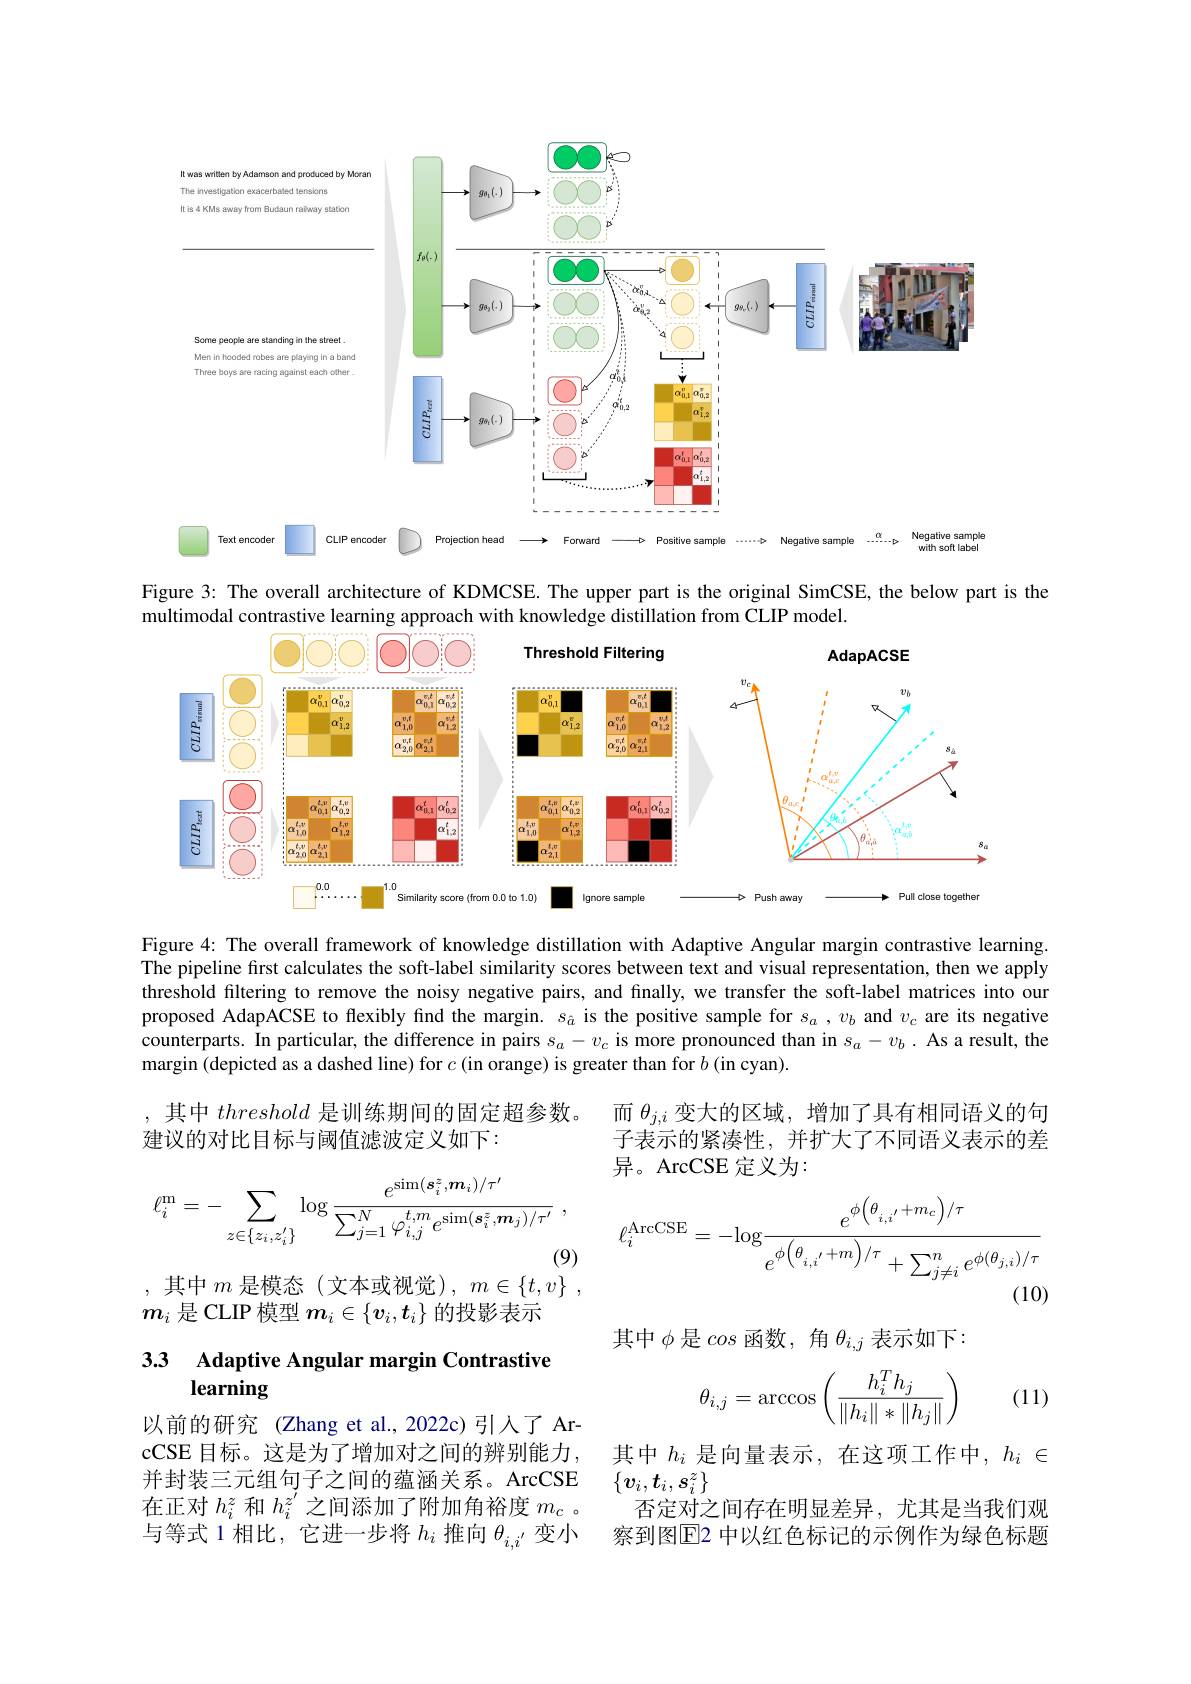
<FigureHere>

Figure 3: The overall architecture of KDMCSE. The upper part is the original SimCSE, the below part is the
multimodal contrastive learning approach with knowledge distillation from CLIP model

<FigureHere>

Figure 4: The overall framework of knowledge distillation with Adaptive Angular margin contrastive learning The pipeline first calculates the soft-label similarity scores between text and visual representation, then we apply threshold filtering to remove the noisy negative pairs, and finally, we transfer the soft-label matrices into our proposed AdapACSE to flexibly find the margin. $s_{\hat{a}}$ is the positive sample for $s_a,v_b$ and $v_c$ are its negative counterparts. In particular, the difference in pairs $s_a-v_c$ is more pronounced than in $s_a-v_b$ . As a result, the margin (depicted as a dashed line) for $c$ (in orange) is greater than for $b$ (in cyan)

,其中 threshold 是训练期间的固定超参数。
建议的对比目标与阈值滤波定义如下：

而$\theta_{j,i}$变大的区域，增加了具有相同语义的句子表示的紧凑性，并扩大了不同语义表示的差异。ArcCSE 定义为：
$$\ell_{i}^{\mathrm{m}}=-\sum_{z\in\{z_{i},z_{i}'\}}\log\frac{e^{\sin(\boldsymbol{s}_{i}^{z},\boldsymbol{m}_{i})/\tau'}}{\sum_{j=1}^{N}\varphi_{i,j}^{t,m}e^{\sin(\boldsymbol{s}_{i}^{z},\boldsymbol{m}_{j})/\tau'}}\:,$$
$$\ell_{i}^{\mathrm{ArcCSE}}=-\mathrm{log}\frac{e^{\phi\left(\theta_{i,i'}+m_{c}\right)/\tau}}{e^{\phi\left(\theta_{i,i'}+m\right)/\tau}+\sum_{j\neq i}^{n}e^{\phi(\theta_{j,i})/\tau}}$$
,其中$m$ 是模态(文本或视觉)$,m\in\{t,v\}$

$m_i$是 CLIP 模型$m_i\in\{v_i,t_i\}$的投影表示

其中$\phi$是cos 函数，角$\theta_i,j$表示如下：

### 3.3 Adaptive Angular margin Contrastive learning

(11)
$$\theta_{i,j}=\arccos\left(\frac{h_i^Th_j}{\|h_i\|*\|h_j\|}\right)$$
以前的研究(Zhang et al.,2022c)引人了 ArcCSE 目标。这是为了增加对之间的辨别能力并封装三元组句子之间的蕴涵关系。ArcCSE 在正对$h_i^z$和$h_i^{z^{\prime}}$之间添加了附加角裕度$m_c$ , 与等式 1 相比，它进一步将$h_i$推向$\theta_i,i^{\prime}$变小

其中$h_i$是向量表示，在这项工作中，$h_i\in$
$\{\boldsymbol{v}_i,\boldsymbol{t}_i,\boldsymbol{s}_i^z\}$
否定对之间存在明显差异，尤其是当我们观察到图$\overline{\mathrm{E}}$2 中以红色标记的示例作为绿色标题